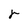
Character: r